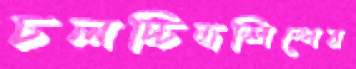
চলচ্চিত্রশিল্পের